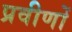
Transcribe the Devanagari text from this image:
प्रवीणों